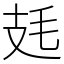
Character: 㲍